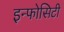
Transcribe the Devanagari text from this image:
इन्फोसिटी